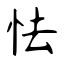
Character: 怯